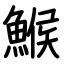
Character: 鯸